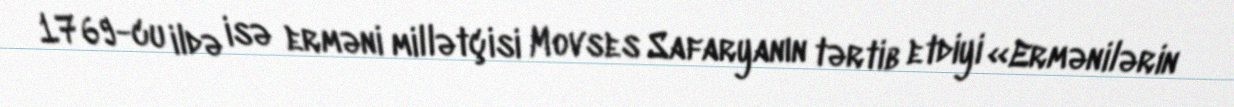
1769-cu ildə isə erməni millətçisi Movses Safaryanın tərtib etdiyi «Ermənilərin